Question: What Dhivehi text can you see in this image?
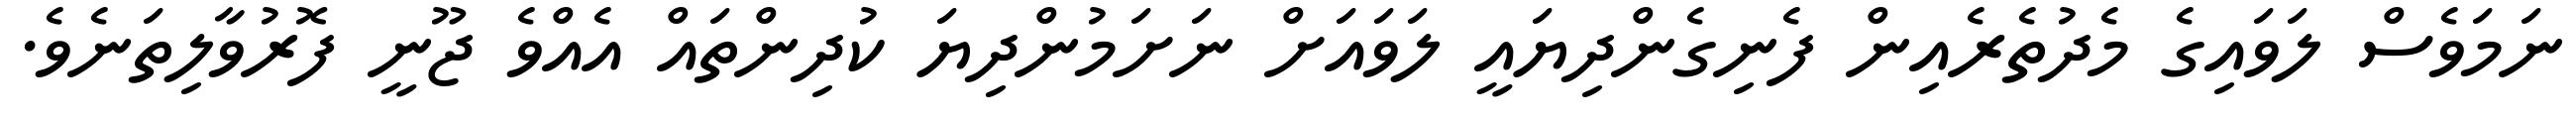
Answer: ނަމަވެސް ލަވައިގެ މެދުތެރެއިން ފެނިގެންދިޔައީ ލަވައަށް ނަށަމުންދިޔަ ކުދިންތައް އެއްވެ ޖޫނީ ފޮރުވާލިތަނެވެ.